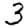
Digit: 3